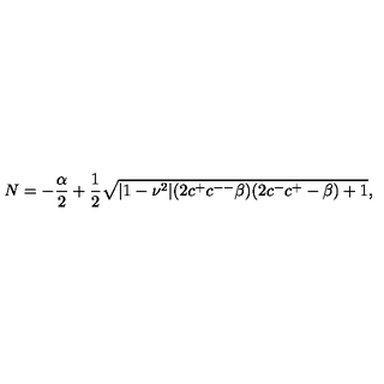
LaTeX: N = - \frac { \alpha } { 2 } + \frac { 1 } { 2 } \sqrt { | 1 - \nu ^ { 2 } | ( 2 c ^ { + } c ^ { -- } \beta ) ( 2 c ^ { - } c ^ { + } - \beta ) + 1 } ,